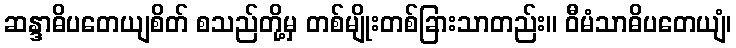
ဆန္ဒာဓိပတေယျစိတ် စသည်တို့မှ တစ်မျိုးတစ်ခြားသာတည်း။ ဝီမံသာဓိပတေယျံ၊